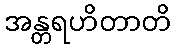
အန္တရဟိတာတိ